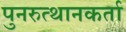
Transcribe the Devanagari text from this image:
पुनरुत्थानकर्ता